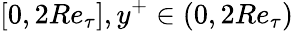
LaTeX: [0,2Re_{\tau}],y^{+}\in(0,2Re_{\tau})